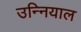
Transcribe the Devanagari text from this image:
उन्नियाल